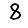
Digit: 8